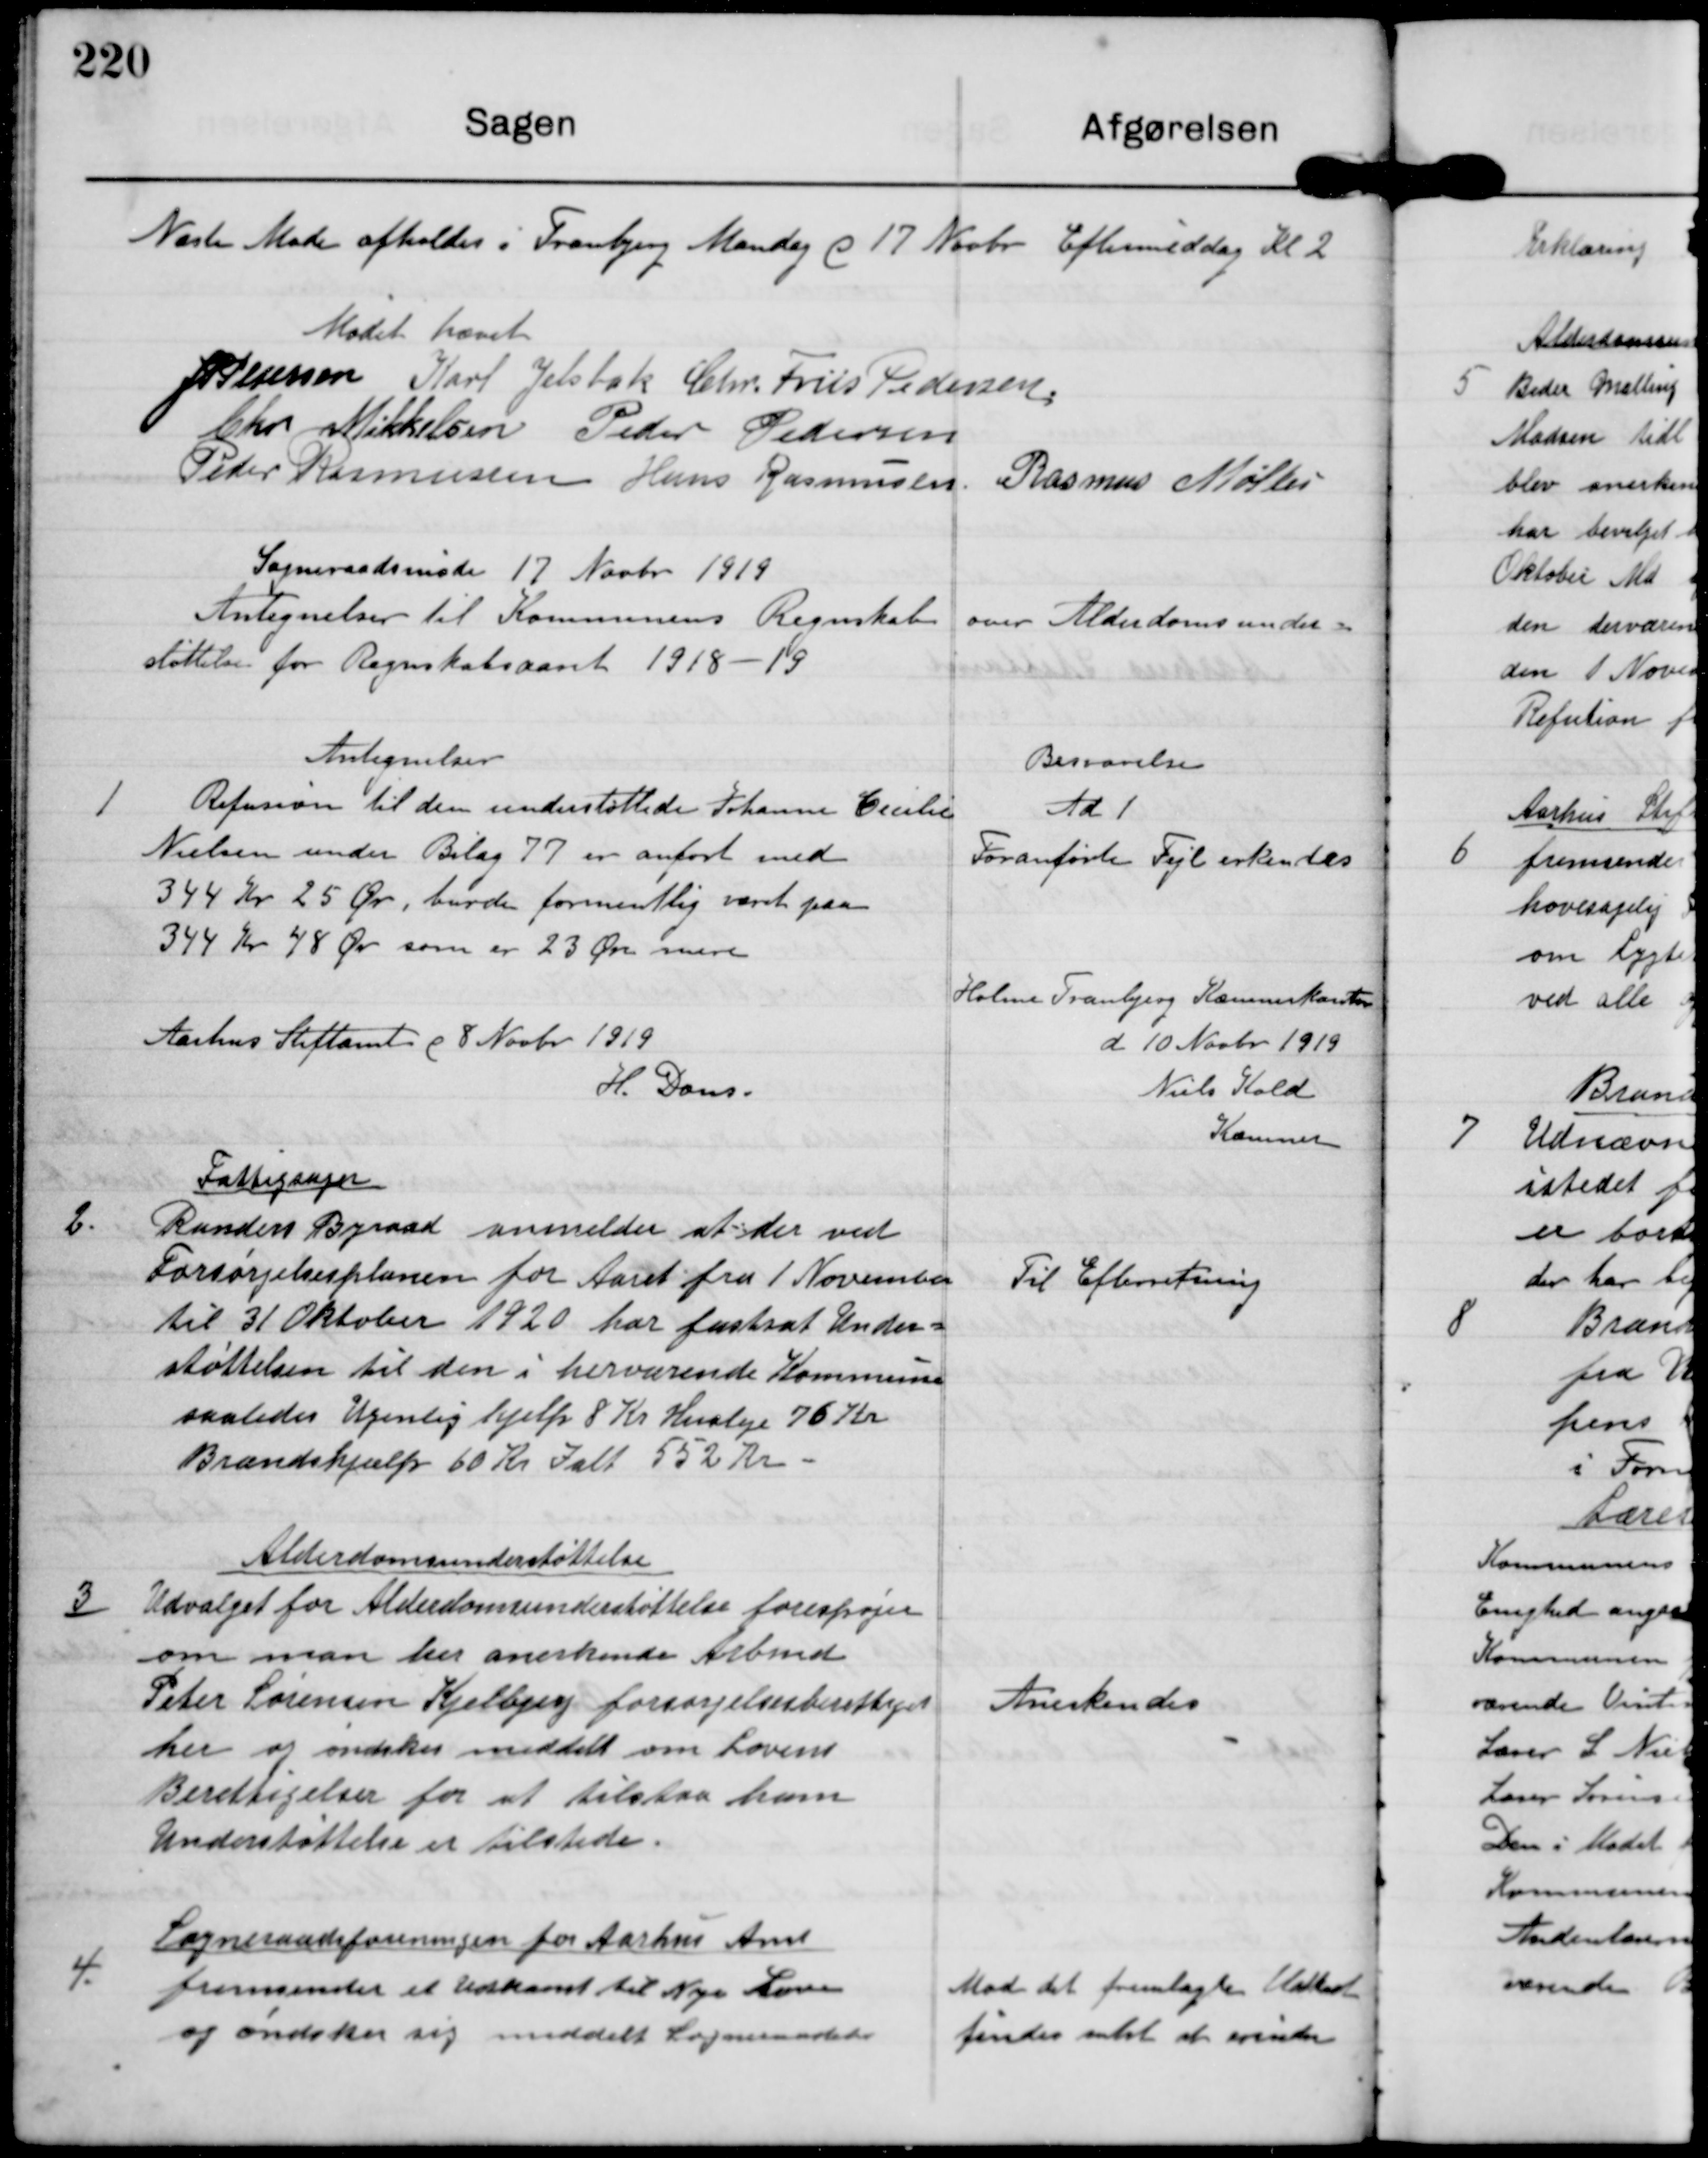
Transskription:
Næste Møde afholdes i Tranbjerg Mandag d 17 Novbr Eftermiddag Kl 2

Mødet hævet

J P Pedersen

Karl Jelsbak

Chr. Friis Pedersen

Chr. Mikkelsen

Peder Pedersen

Peder Rasmussen

Hans Rasmussen

Rasmus Møller

Sogneraadsmøde 17 Novbr 1919
Antegnelser til Kommunens Regnskab over Alderdomsunder-
støttelse for Regnskabsaaret 1918-19

1

Antegnelser
Refusion til den understøttede Johanne Cecilie
Nielsen under Bilag 77 er anført med
344 Kr 25 Ør, havde formentlig været paa
344 Kr 48 Ør som er 23 Øre mere

Besvarelse
Ad 1
Foranførte Fejl erkendes

Aarhus Stiftamt d 8 Novbr 1919
H. Dons

Holme Tranbjerg Kæmnerkontor
d 10 Novbr 1919
Niels Kold
Kæmner

2

Fattigsager
Randers Byraad anmelder at der ved
Forsørgelsesplanen for Aaret fra 1 November
til 31 Oktober 1920 har fastsat Under-
støttelsen til den i herværende Kommune
saaledes Ugenlig hjælp 8 Kr Husleje 76 Kr
Brændshjælp 60 Kr Ialt 552 Kr

Til Efterretning

3

Alderdomsunderstøttelse
Udvalget for Alderdomsunderstøttelse forespørger
om man her anerkender Arbmd
Peter Sørensen Kjelbjerg forsørgelsesberettiget
her og ønskes meddelt om Lovene
Berettigelser for at tilstaa ham
Understøttelse er tilstede.

Anerkendes

4

Sogneraadsforeningen for Aarhus Amt
fremsender et Udkast til Nye Love
og øndsker sig meddelt Sogneraadet

Med det fremlagte Udkast
findes notat at erindre.